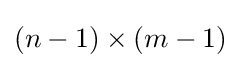
(n-1)\times (m-1)